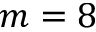
m = 8